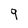
Character: 9